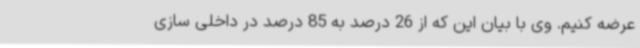
عرضه کنیم. وی با بیان این که از 26 درصد به 85 درصد در داخلی سازی